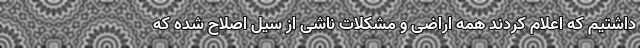
داشتیم که اعلام کردند همه اراضی و مشکلات ناشی از سیل اصلاح شده که